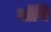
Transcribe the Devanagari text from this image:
गॉथि